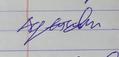
Signature authenticity: forged